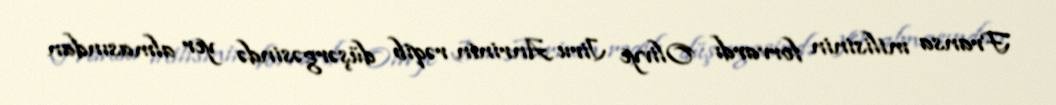
Fransa milisinin forvardı Olivye Jiru Anrinin rəqib düşərgəsində yer almasından